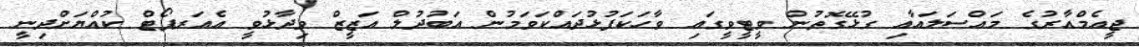
ޖީއެމްއާރުގެ މައްސަލައާއި ގުޅޭގޮތުން ވީޓީވީގައި ވާހަކަފުޅުދައްކަވަމުން އަބުދުލް އަޒީޒް ވިދާޅުވީ އެއަރޕޯޓް ކުއްޔަށްދިނީ